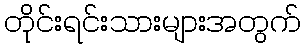
တိုင်းရင်းသားများအတွက်